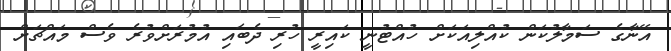
އޭނާގެ ސަމާލުކަން ކުއްލިއަކަށް ހުއްޓުނީ ކައިރީ ހުރި ދެބައި އުމުރަށްވުރެ ވެސް މައްޗަށް